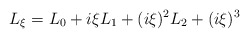
\begin{align*}L_\xi=L_0+i\xi L_1+(i\xi)^2L_2+(i\xi)^3\end{align*}